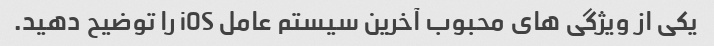
یکی از ویژگی های محبوب آخرین سیستم عامل iOS را توضیح دهید.